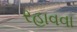
રહાવવા